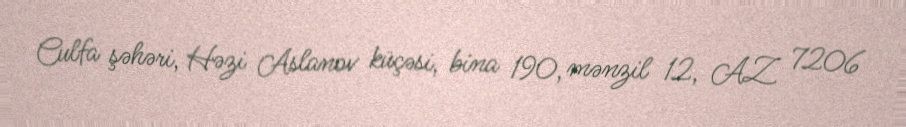
Culfa şəhəri, Həzi Aslanov küçəsi, bina 190, mənzil 12, AZ 7206